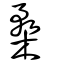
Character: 楘